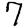
Digit: 7